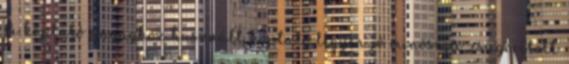
A koptató anyaghoz használt koptató legyen jó minõségû zsugorított